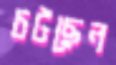
চটছেন